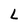
Character: L